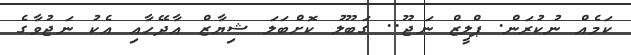
ކަމެއް ނުކުރަން. ޕްލީޒް ނަޖޫ.. ގަބޫލު ކޮށްބަލަ ޝިޔާޒް އާދޭހާއި އެކު ނަޖުވާގެ